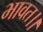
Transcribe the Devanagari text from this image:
भावत।।